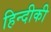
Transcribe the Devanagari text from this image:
हिन्दीकी